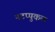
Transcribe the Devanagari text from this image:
नटप्पुकल